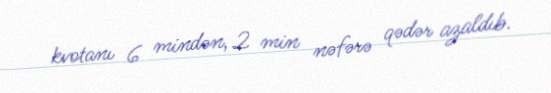
kvotanı 6 mindən, 2 min nəfərə qədər azaldıb.